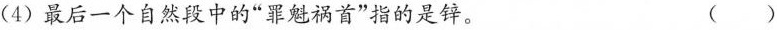
(4) 最后一个自然段中的”罪魁祸首”指的是锌。 ( )